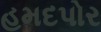
હમદપોર